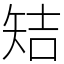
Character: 䂒